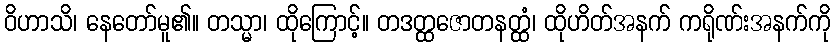
ဝိဟာသိ၊ နေတော်မူ၏။ တသ္မာ၊ ထိုကြောင့်။ တဒတ္ထဇောတနတ္ထံ၊ ထိုဟိတ်အနက် ကရိုဏ်းအနက်ကို